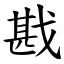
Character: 戡